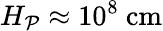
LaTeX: H_{\mathcal{P}}\approx10^{8}\ \mathrm{{cm}}